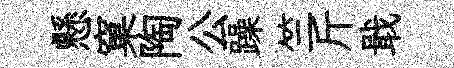
懸窠陶公躁竺斤戢